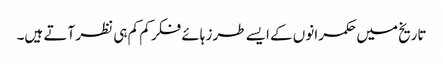
تاریخ میں حکمرانوں کے ایسے طرز ہائے فکر کم کم ہی نظر آتے ہیں۔